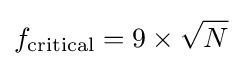
f_{\text{critical}}=9\times {\sqrt {N}}